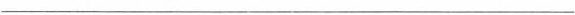
___